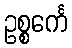
ဥစ္စင်္ကေ